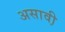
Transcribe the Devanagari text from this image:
असावी़